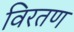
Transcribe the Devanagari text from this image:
विरतण